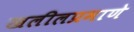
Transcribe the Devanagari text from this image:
खलीलप्रमाणे